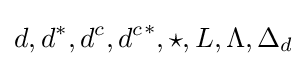
d,d^{*},d^{c},{d^{c}}^{*},\star ,L,\Lambda ,\Delta _{d}